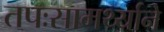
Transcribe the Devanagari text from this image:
तपःसामर्थ्याने